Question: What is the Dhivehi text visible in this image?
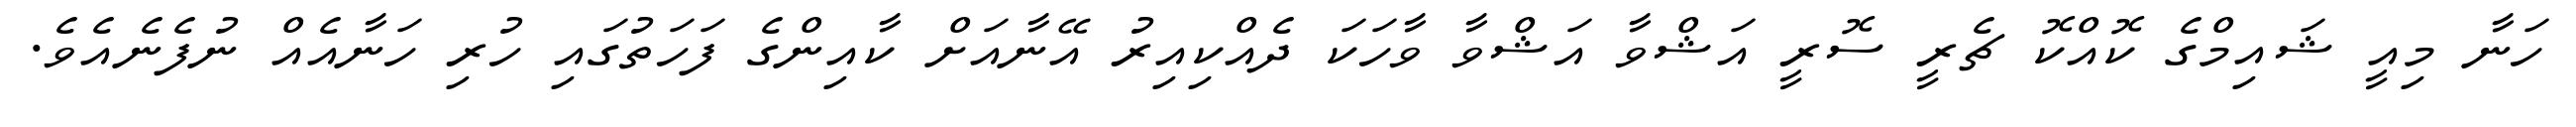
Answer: ހަނާ މިއީ ޝައިމްގެ ކޮއްކޮ ޗެރީ ސޮރީ އަޝްވާ އަޝްވާ ވާހަކަ ދެއްކިއިރު އޭނާއަށް ކާއިންގެ ފަހަތުގައި ހުރި ހަނާއެއް ނުފެނެއެވެ.